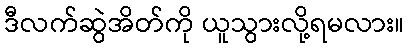
ဒီလက်ဆွဲအိတ်ကို ယူသွားလို့ရမလား။